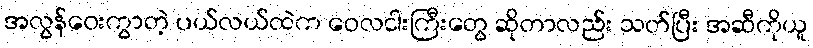
အလွန်ဝေးကွာတဲ့ ပယ်လယ်ထဲက ဝေလငါးကြီးတွေ ဆိုတာလည်း သတ်ပြီး အဆီကိုယူ